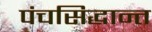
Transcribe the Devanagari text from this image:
पंचसिद्धान्त